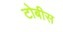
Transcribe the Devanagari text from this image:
टोबीस